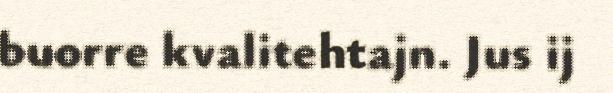
buorre kvalitehtajn. Jus ij